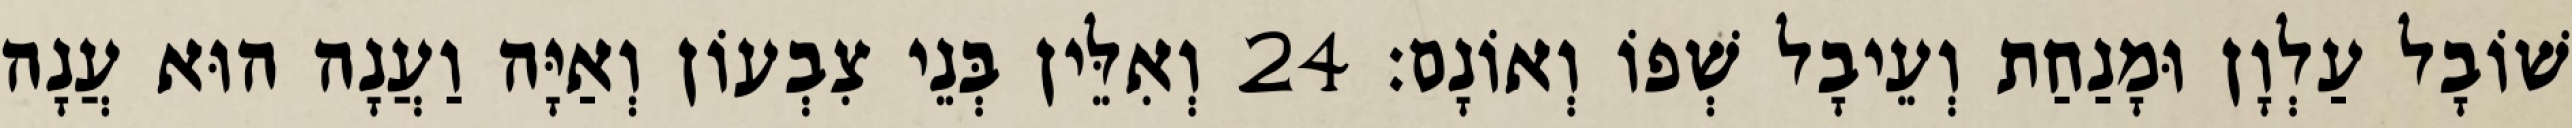
שׁוֹבָל עַלְוָן וּמָנַחַת וְעֵיבָל שְׁפוֹ וְאוֹנָם׃ 24 וְאִלֵּין בְּנֵי צִבְעוֹן וְאַיָּה וַעֲנָה הוּא עֲנָה